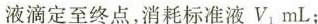
液滴定至终点，消耗标准液$$V _ { 1 } m L$$；